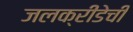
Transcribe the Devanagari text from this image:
जलक्रीडेची